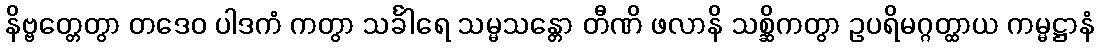
နိဗ္ဗတ္တေတွာ တဒေဝ ပါဒကံ ကတွာ သင်္ခါရေ သမ္မသန္တော တီဏိ ဖလာနိ သစ္ဆိကတွာ ဥပရိမဂ္ဂတ္ထာယ ကမ္မဋ္ဌာနံ